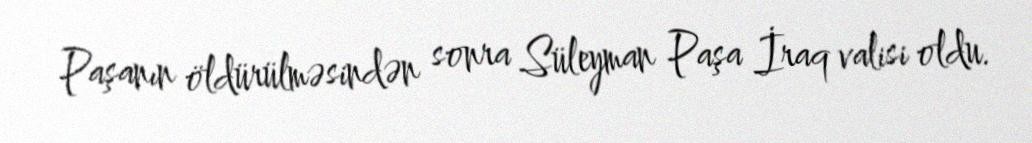
Paşanın öldürülməsindən sonra Süleyman Paşa İraq valisi oldu.